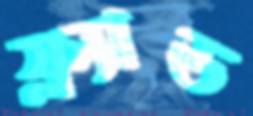
ফ্ল্যাড